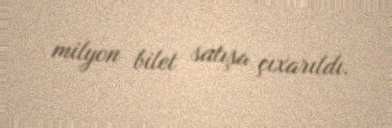
milyon bilet satışa çıxarıldı.